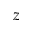
z